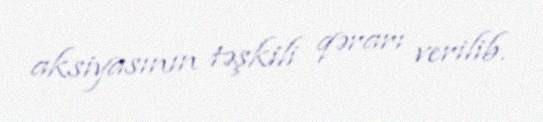
aksiyasının təşkili qərarı verilib.